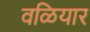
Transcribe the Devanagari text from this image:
वळियार